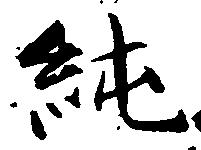
純